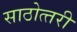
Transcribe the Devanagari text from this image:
साठोत्‍तरी